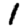
Digit: 1